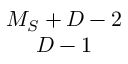
\begin{array} { c } { { M _ { S } + D - 2 } } \\ { { D - 1 } } \end{array}